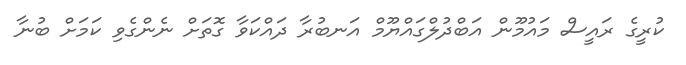
ކުރީގެ ރައީސް މައުމޫން އަބްދުލްގައްޔޫމް އަނބުރާ ދައްކަވާ ގޮތަށް ނެންގެވި ކަމަށް ބުނާ